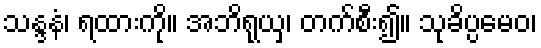
သန္ဒနံ၊ ရထားကို။ အဘိရုယှ၊ တက်စီး၍။ သုခိပ္ပမေဝ၊